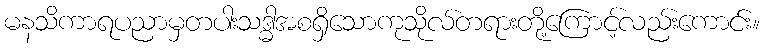
မနသိကာရပညာမှတပါးသဒ္ဓါအစရှိသောကုသိုလ်တရားတို့ကြောင့်လည်းကောင်း။